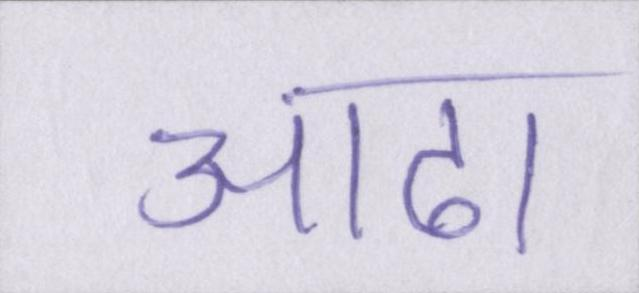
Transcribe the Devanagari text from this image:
आढा